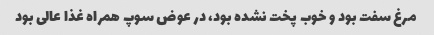
مرغ سفت بود و خوب پخت نشده بود، در عوض سوپ همراه غذا عالی بود